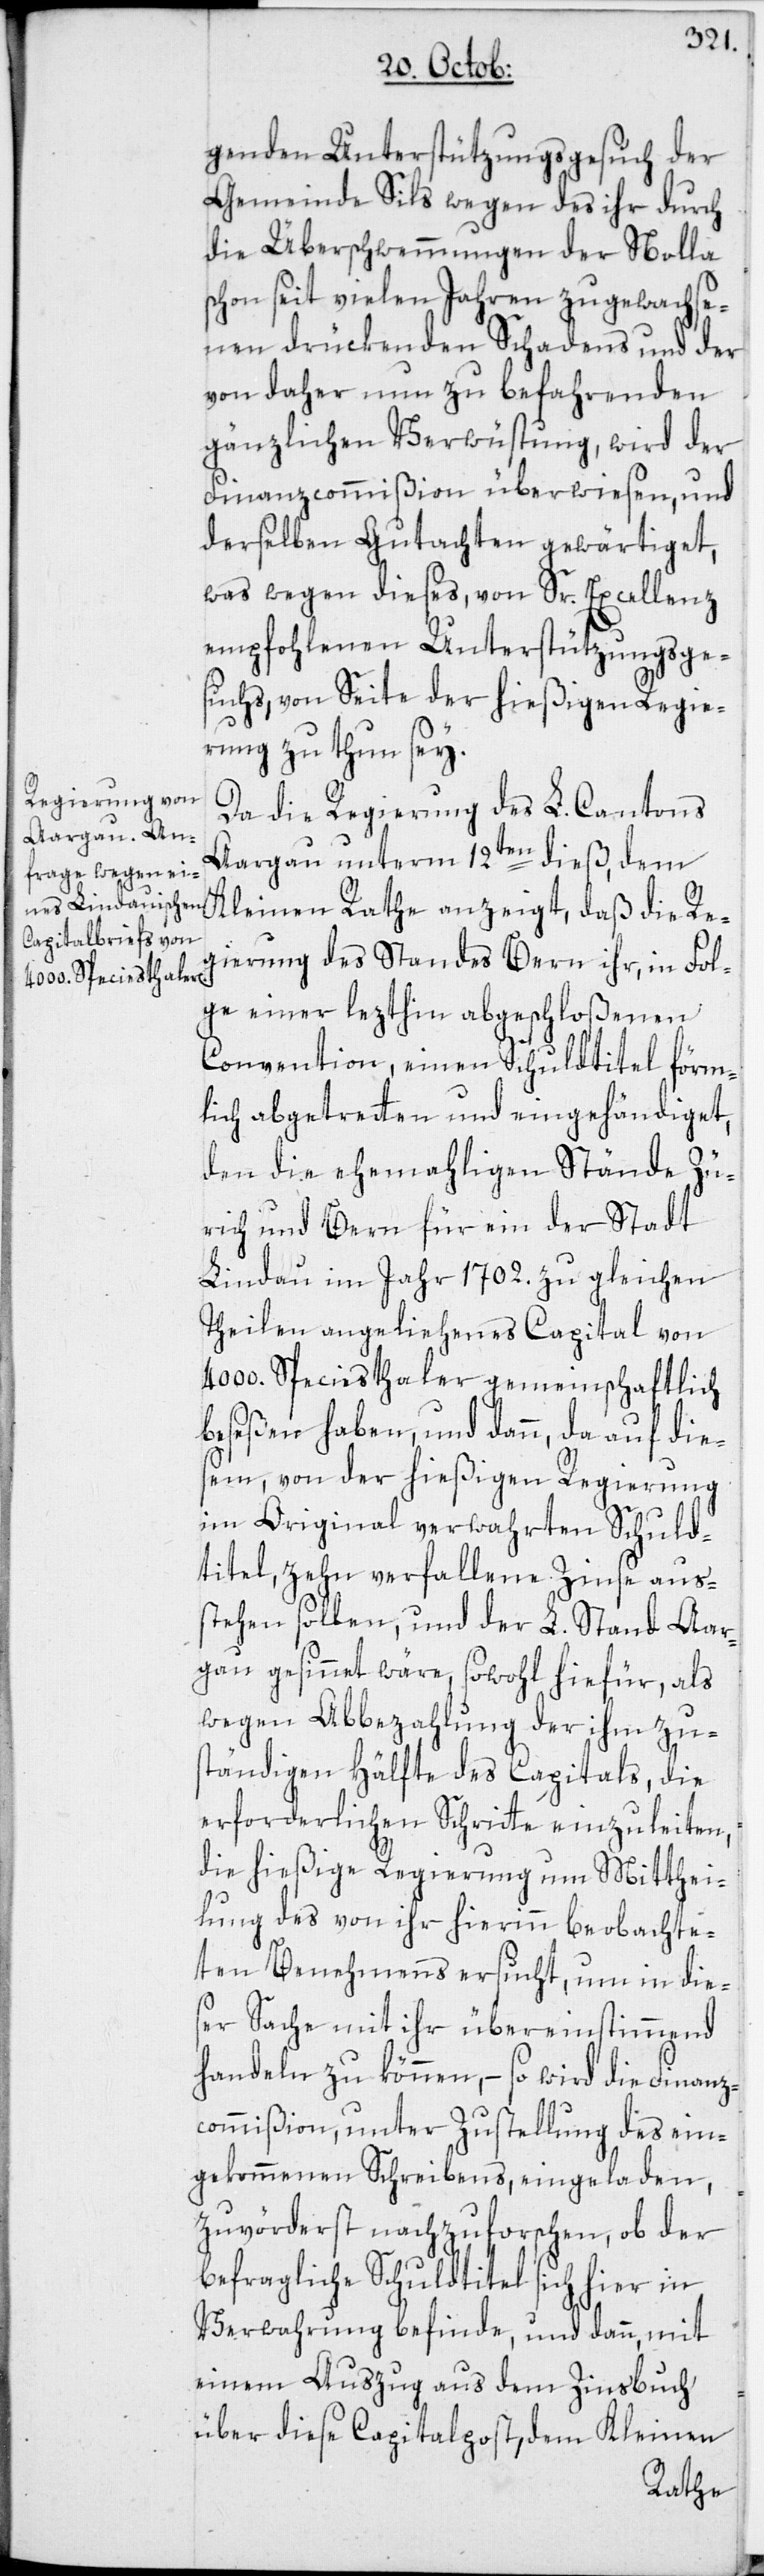
genden Unterstützungsgesuch der
Gemeinde Sils wegen des ihr durch
die Überschwemmungen der Nolla
schon seit vielen Jahren zugewachse¬
nen drückenden Schadens und der
von daher nun zu befahrenden
gänzlichen Verwüstung, wird der
Finanzcommißion überwiesen, und
derselben Gutachten gewärtiget,
was wegen dieses, von Sr. Excellenz
empfohlenen Unterstützungsge¬
suchs, von Seite der hießigen Regie¬
rung zu thun sey.
Da die Regierung des L. Cantons
Aargau unterm 12ten dieß, dem
Kleinen Rathe anzeigt, daß die Re¬
gierung des Standes Bern ihr, in Fol¬
ge einer lezthin abgeschloßenen
Convention, einen Schuldtitel förm¬
lich abgetretten und eingehändiget,
den die ehemahligen Stände Zü¬
rich und Bern für ein der Stadt
Lindau im Jahr 1702. zu gleichen
Theilen angeliehenes Capital von
4000. Speciesthaler gemeinschaftlich
beseßen haben, und dann, da auf die¬
sem, von der hießigen Regierung
im Original verwahrten Schuld¬
titel, zehn verfallene Zinse aus¬
stehen sollen, und der L. Stand Aar¬
gau gesinnet wäre, sowohl hiefür, als
wegen Abbezahlung der ihm zu¬
ständigen Hälfte des Capitals, die
erforderlichen Schritte einzuleiten,
die hießige Regierung um Mitthei¬
lung des von ihr hierinn beobachte¬
ten Benehmens ersucht, um in dies¬
er Sache mit ihr übereinstimmend
handeln zu können, – so wird die Finanz¬
commißion, unter Zustellung des ein¬
gekommenen Schreibens, eingeladen,
zuvörderst nachzuforschen, ob der
befragliche Schuldtitel sich hier in
Verwahrung befinde, und dann, mit
einem Auszug aus dem Zinsbuch
über diese Capitalpost, dem Kleinen